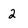
Character: 2